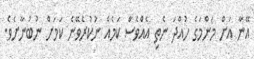
އޭނާ އަށް މަންމަގެ ހުއްދަ ނެތި އެއްވެސް ކަމެއް ނުކުރެވޭނެ ކަމަށް ނުބުނާށެވެ.